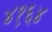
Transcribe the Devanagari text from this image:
४१६४